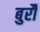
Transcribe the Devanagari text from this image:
बुर्रौ